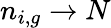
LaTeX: n_{i,g}\to N